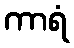
ကာရံ